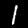
Digit: 1